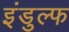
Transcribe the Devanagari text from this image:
इंडुल्फ